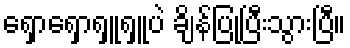
ရှောရှောရှူရှူပဲ ချိန်ပြုပြီးသွားပြီ။